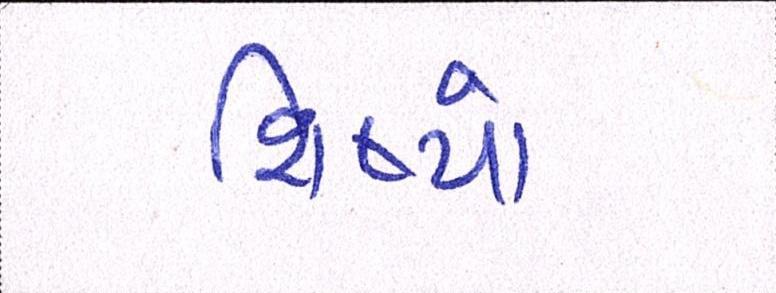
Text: શિષ્યો